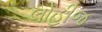
લોહીજ